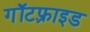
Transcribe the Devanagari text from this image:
गॉटफ़्राइड